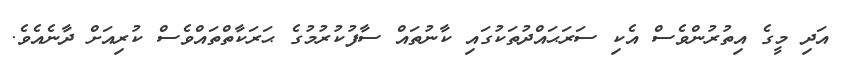
އަދި މީގެ އިތުރުންވެސް އެކި ސަރަޙައްދުތަކުގައި ކާނުތައް ސާފުކުރުމުގެ ޙަރަކާތްތައްވެސް ކުރިއަށް ދާނެއެވެ.